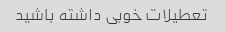
تعطیلات خوبی داشته باشید